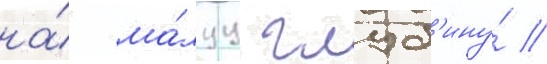
на́ ма́луу глуб'ину́ //